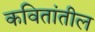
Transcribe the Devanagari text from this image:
कवितांतील